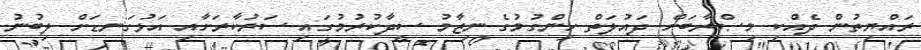
ރައްޔިތުން ދެއްކި މިޞްރާބަށް ދައުލަތް ހިންގުމުގެ ނިޒާމު ސީދާކުރުމުގައި ސަރުކާރަށާއި އަޅުގަނޑަށް ލިބުނު